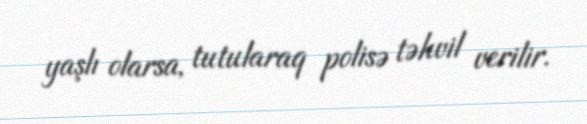
yaşlı olarsa, tutularaq polisə təhvil verilir.